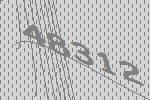
48312